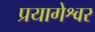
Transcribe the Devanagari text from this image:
प्रयागेश्वर